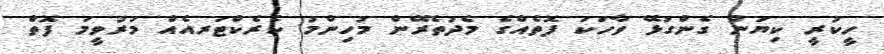
ހީކުރީ ކިޔަން ގެންގުޅޭ ވާހަކަ ފޮތެއްގެ މެދުތެރޭން މުހިންމު ކެރެކްޓަރއެއް މަރުވީމަ ފޮތް